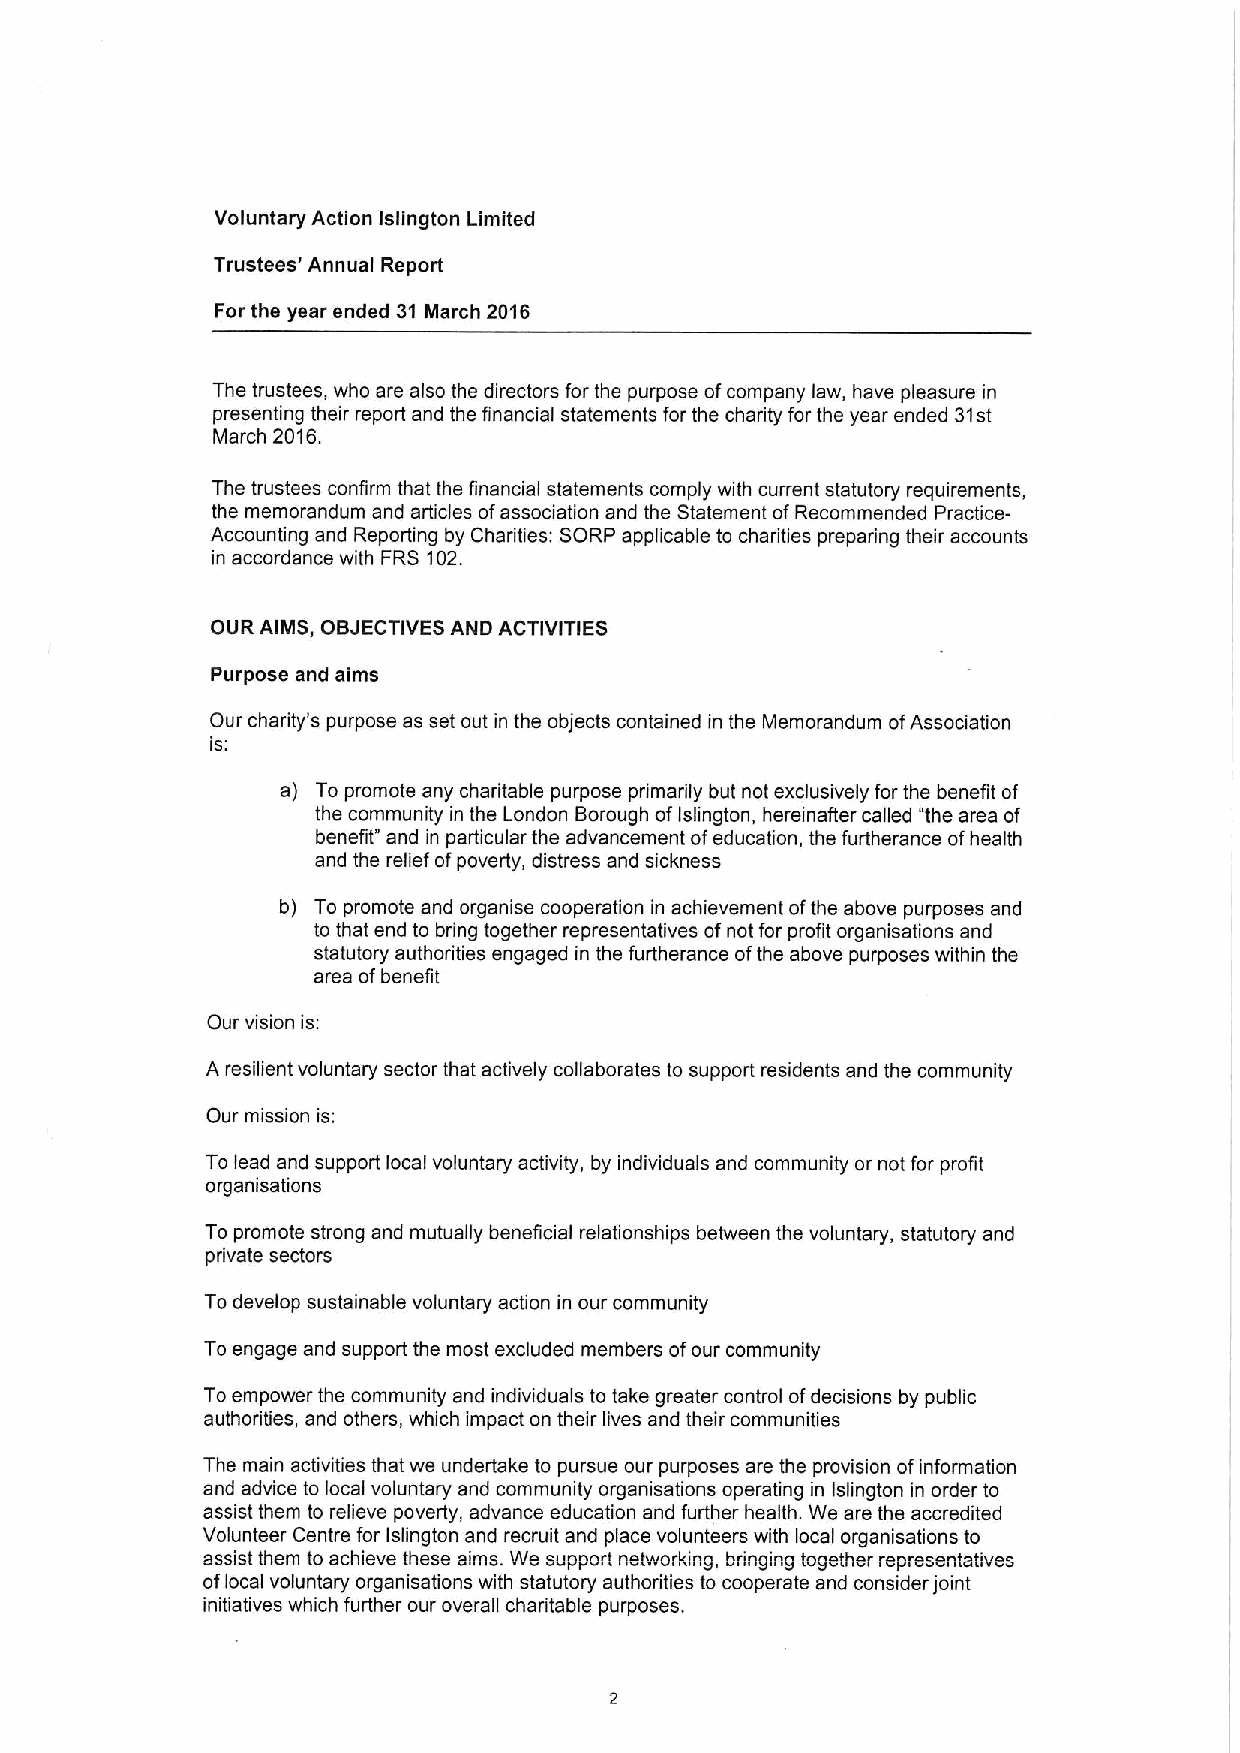
Voluntary Action Islington Limited
 Trustees' Annual Report
 For the year ended 31 March 2016
 The trustees, who are also the directors for the purpose ofcompany law, have pleasure in
 presenting their report and the financial statements for the charity for the year ended 31st
 March 2016.
 The trustees confirm that the financial statements comply with current statutory requirements,
 the memorandum and articles ofassociation and the Statement ofRecommended Practice-
 Accounting and Reporting by Charities: SORP applicable to charities preparing their accounts
 in accordance with FRS 102.
 OUR AIMS, OBJECTIVES AND ACTIVITIES
 Purpose and aims
 Our charity's purpose as set out in the objects contained in the Memorandum ofAssociation
 ls:
 a) To promote any charitable purpose primarily but not exclusively for the benefit of
 the community in the London Borough ofIslington, hereinafter called "the area of
 benefit" and in particular the advancement ofeducation, the furtherance ofhealth
 and the relief ofpoverty, distress and sickness
 b) To promote and organise cooperation in achievement ofthe above purposes and
 to that end to bring together representatives ofnot for profit organisations and
 statutory authorities engaged in the furtherance ofthe above purposes within the
 area ofbenefit
 Our vision is:
 A resilient voluntary sector that actively collaborates to support residents and the community
 Our mission is:
 To lead and support local voluntary activity, by individuals and community or not for profit
 organisations
 To promote strong and mutually beneficial relationships between the voluntary, statutory and
 private sectors
 Todevelop sustainable voluntary action in our community
 To engage and support the most excluded members ofour community
 Toempower the community and individuals to take greater control ofdecisions by public
 authorities, and others, which impact on their lives and their communities
 The main activities that we undertake to pursue our purposes are the provision ofinformation
 and advice to local voluntary and community organisations operating in Islington in order to
 assist them to relieve poverty, advance education and further health. We are the accredited
 Volunteer Centre for Islington and recruit and place volunteers with local organisations to
 assist them to achieve these aims. We support networking, bringing together representatives
 oflocal voluntary organisations with statutory authodities to cooperate and consider joint
 initiatives which further our overall charitable purposes.